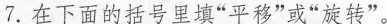
7.在下面的括号里填”平移”或”旋转”。